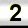
Digit: 2